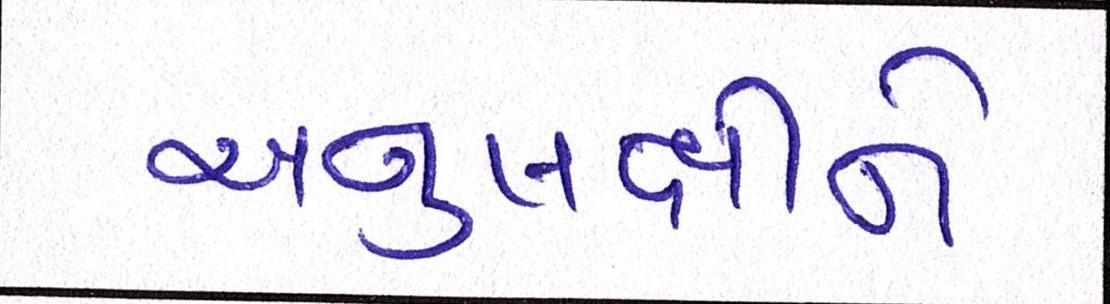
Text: અનુલક્ષીને